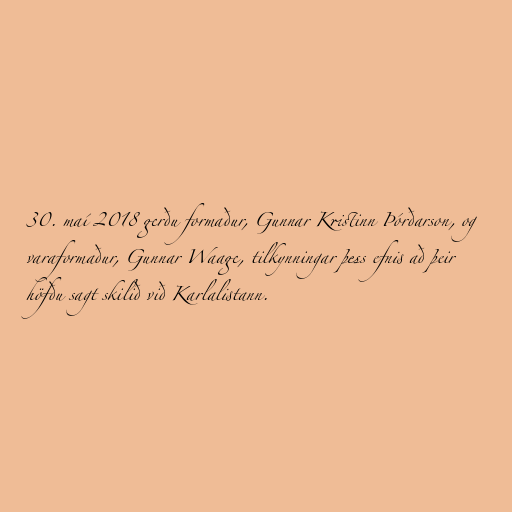
30. maí 2018 gerðu formaður, Gunnar Kristinn Þórðarson, og
varaformaður, Gunnar Waage, tilkynningar þess efnis að þeir
höfðu sagt skilið við Karlalistann.